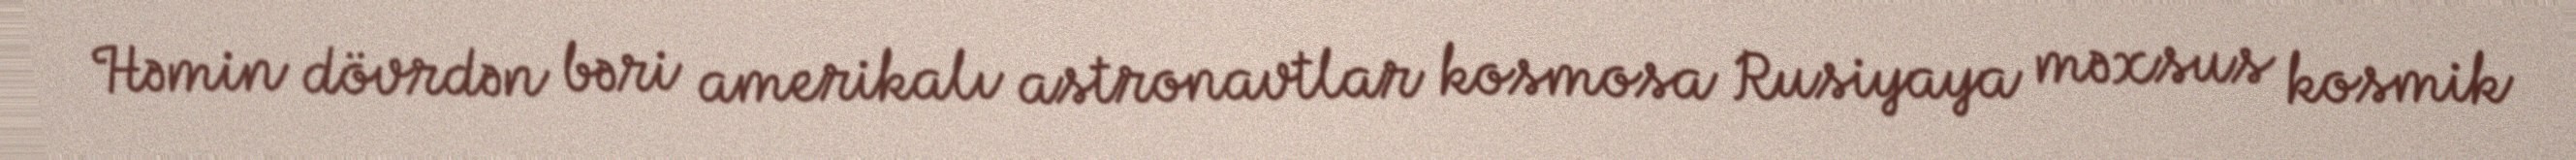
Həmin dövrdən bəri amerikalı astronavtlar kosmosa Rusiyaya məxsus kosmik